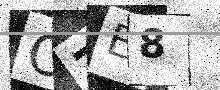
Text: OZE8